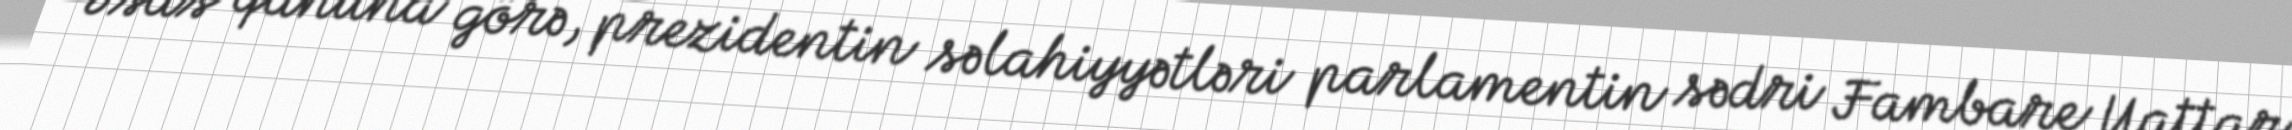
Əsas qanuna görə, prezidentin səlahiyyətləri parlamentin sədri Fambare Uattar